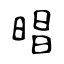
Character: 晿